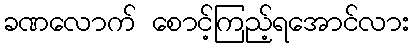
ခဏလောက် စောင့်ကြည့်ရအောင်လား